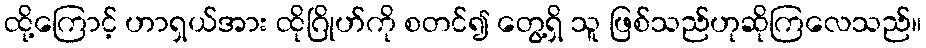
ထို့ကြောင့် ဟာရှယ်အား ထိုဂြိုဟ်ကို စတင်၍ တွေ့ရှိ သူ ဖြစ်သည်ဟုဆိုကြလေသည်။